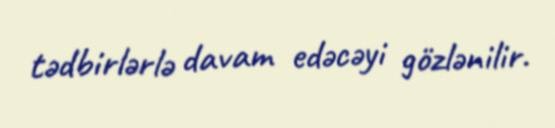
tədbirlərlə davam edəcəyi gözlənilir.